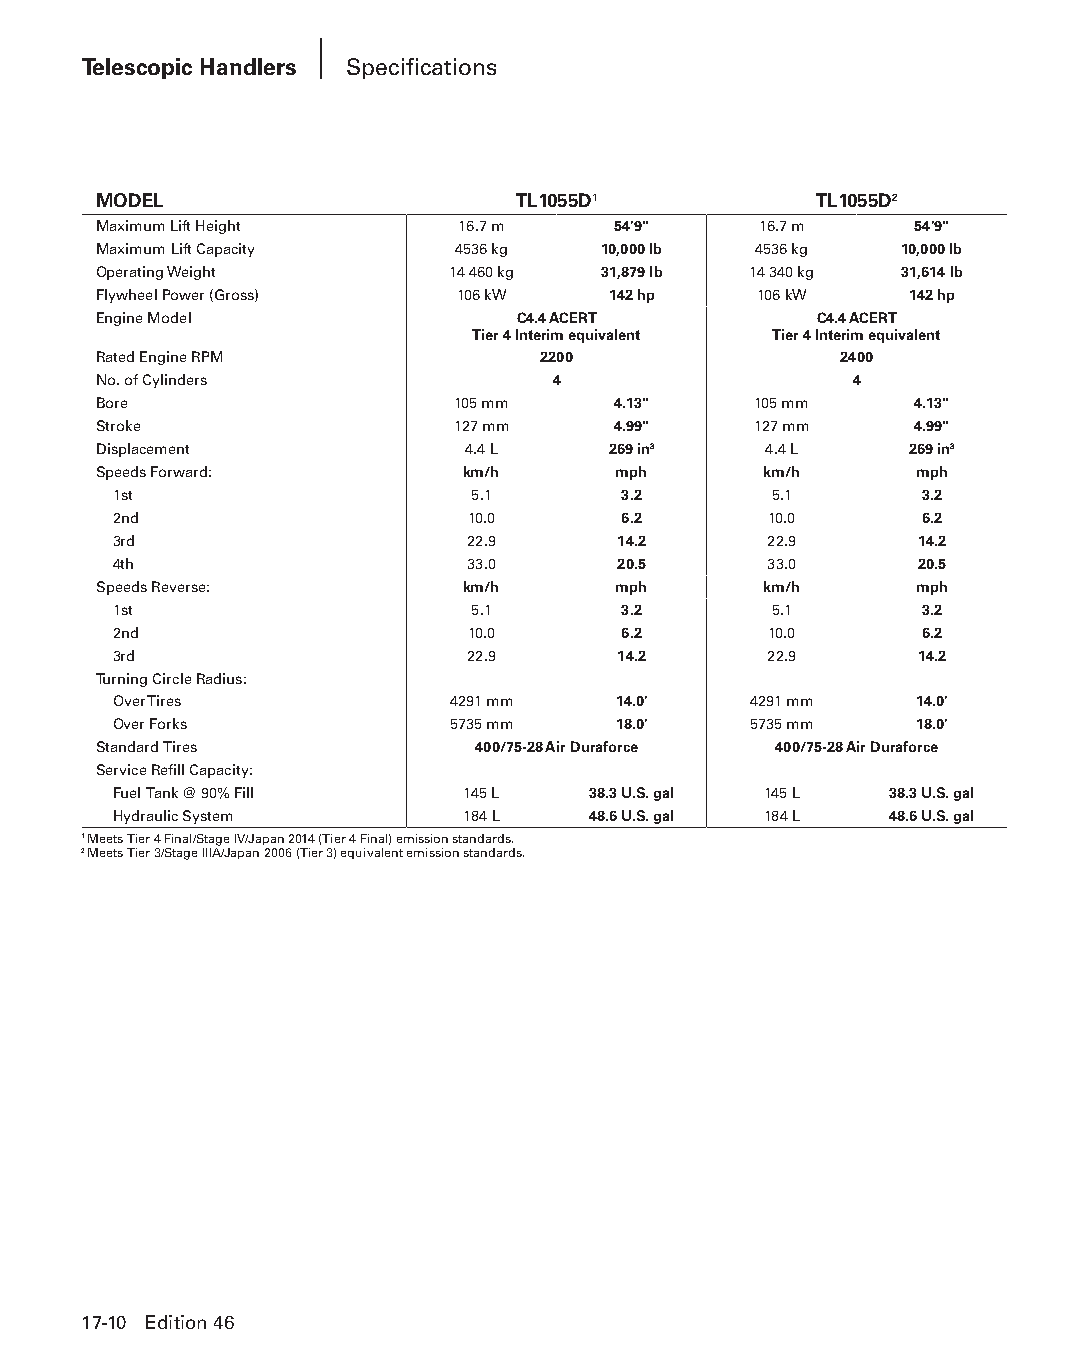
Telescopic Handlers Specifications
 MODEL                       TL1055D1           TL1055D2
 Maximum Lift Height     16.7 m    54'9"     16.7 m    54'9"
 Maximum Lift Capacity  4536 kg   10,000 lb 4536 kg   10,000 lb
 Operating Weight       14 460 kg 31,879 lb 14 340 kg 31,614 lb
 Flywheel Power (Gross)  106 kW    142 hp   106 kW     142 hp
 Engine Model                C4.4 ACERT         C4.4 ACERT
 Tier 4 Interim equivalent Tier 4 Interim equivalent
 Rated Engine RPM             2200                2400
 No. of Cylinders              4                   4
 Bore                   105 mm     4.13"    105 mm     4.13"
 Stroke                 127 mm     4.99"    127 mm     4.99"
 Displacement            4.4 L     269 in3   4.4 L     269 in3
 Speeds Forward:         km/h      mph       km/h      mph
 1st                     5.1       3.2      5.1       3.2
 2nd                    10.0       6.2      10.0      6.2
 3rd                    22.9      14.2      22.9      14.2
 4th                    33.0      20.5      33.0      20.5
 Speeds Reverse:         km/h      mph       km/h      mph
 1st                     5.1       3.2      5.1       3.2
 2nd                    10.0       6.2      10.0      6.2
 3rd                    22.9      14.2      22.9      14.2
 Turning Circle Radius:
 Over Tires            4291 mm    14.0'    4291 mm    14.0'
 Over Forks            5735 mm    18.0'    5735 mm    18.0'
 Standard Tires           400/75-28 Air Duraforce 400/75-28 Air Duraforce
 Service Refill Capacity:
 Fuel Tank @ 90% Fill   145 L   38.3 U.S. gal 145 L 38.3 U.S. gal
 Hydraulic System       184 L   48.6 U.S. gal 184 L 48.6 U.S. gal
 1 Meets Tier 4 Final/Stage IV/Japan 2014 (Tier 4 Final) emission standards.
 2 Meets Tier 3/Stage IIIA/Japan 2006 (Tier 3) equivalent emission standards.
 17-10 Edition 46
 PPHHBB--SSeecc1177--1166..iinndddd 1100                        1122//44//1155 1100::5555 AAMM